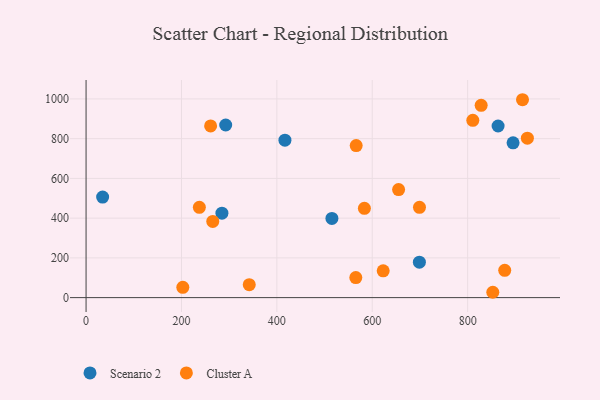
{"axis": {"x": "Investment", "y": "Yield"}, "legend": ["Cluster A", "Scenario 2"], "data": [{"x": "34.7", "y": 505.8, "type": "Scenario 2"}, {"x": "698.8", "y": 178.5, "type": "Scenario 2"}, {"x": "292.7", "y": 868.7, "type": "Scenario 2"}, {"x": "863.8", "y": 863.8, "type": "Scenario 2"}, {"x": "416.9", "y": 792.6, "type": "Scenario 2"}, {"x": "895.2", "y": 779.0, "type": "Scenario 2"}, {"x": "284.8", "y": 425.1, "type": "Scenario 2"}, {"x": "515.4", "y": 398.6, "type": "Scenario 2"}, {"x": "342.1", "y": 65.3, "type": "Cluster A"}, {"x": "828.3", "y": 967.8, "type": "Cluster A"}, {"x": "655.2", "y": 543.8, "type": "Cluster A"}, {"x": "202.8", "y": 51.7, "type": "Cluster A"}, {"x": "852.7", "y": 26.9, "type": "Cluster A"}, {"x": "622.9", "y": 135.0, "type": "Cluster A"}, {"x": "877.7", "y": 137.6, "type": "Cluster A"}, {"x": "565.5", "y": 100.7, "type": "Cluster A"}, {"x": "261.1", "y": 864.1, "type": "Cluster A"}, {"x": "699.0", "y": 454.5, "type": "Cluster A"}, {"x": "925.2", "y": 802.7, "type": "Cluster A"}, {"x": "566.3", "y": 765.3, "type": "Cluster A"}, {"x": "915.0", "y": 996.0, "type": "Cluster A"}, {"x": "810.8", "y": 892.1, "type": "Cluster A"}, {"x": "583.5", "y": 449.6, "type": "Cluster A"}, {"x": "265.6", "y": 383.4, "type": "Cluster A"}, {"x": "237.5", "y": 454.5, "type": "Cluster A"}]}